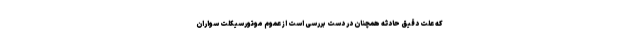
که علت دقیق حادثه همچنان در دست بررسی است از عموم موتورسیکلت سواران